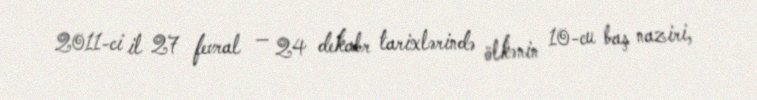
2011-ci il 27 fevral — 24 dekabr tarixlərində ölkənin 10-cu baş naziri,